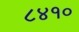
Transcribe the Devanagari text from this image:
८४१०